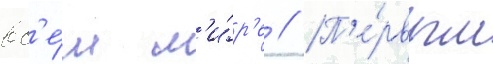
вс'е́м м'и́р'е // П'е́рвым